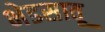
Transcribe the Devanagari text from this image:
भेडसावू